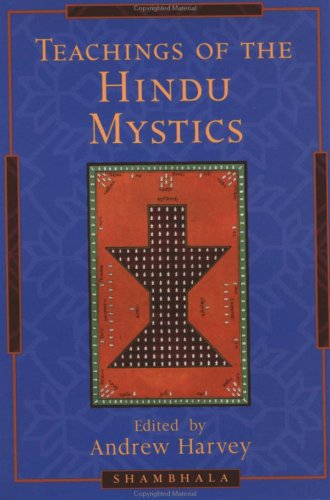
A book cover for Teachings of the Hindu Mystics; Andrew Harvey; Religion & Spirituality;